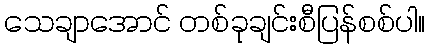
သေချာအောင် တစ်ခုချင်းစီပြန်စစ်ပါ။